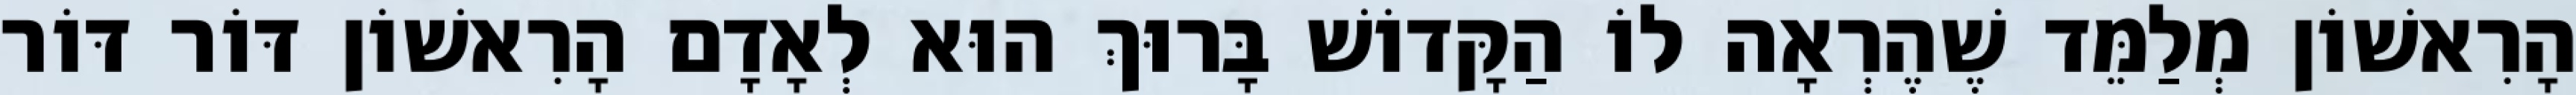
הָרִאשׁוֹן מְלַמֵּד שֶׁהֶרְאָה לוֹ הַקָּדוֹשׁ בָּרוּךְ הוּא לְאָדָם הָרִאשׁוֹן דּוֹר דּוֹר